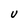
Character: V